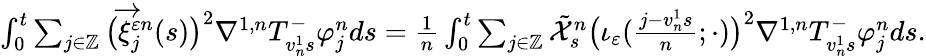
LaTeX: \begin{array}{r}{\int_{0}^{t}\sum_{j\in\mathbb{Z}}\big(\overrightarrow{\xi}_{j}^{\varepsilon n}(s)\big)^{2}\nabla^{1,n}T_{v_{n}^{1}s}^{-}\varphi_{j}^{n}ds=\frac{1}{n}\int_{0}^{t}\sum_{j\in\mathbb{Z}}\tilde{\mathcal{X}}_{s}^{n}\big(\iota_{\varepsilon}({\textstyle\frac{j-v_{n}^{1}s}{n}};\cdot)\big)^{2}\nabla^{1,n}T_{v_{n}^{1}s}^{-}\varphi_{j}^{n}ds.}\end{array}